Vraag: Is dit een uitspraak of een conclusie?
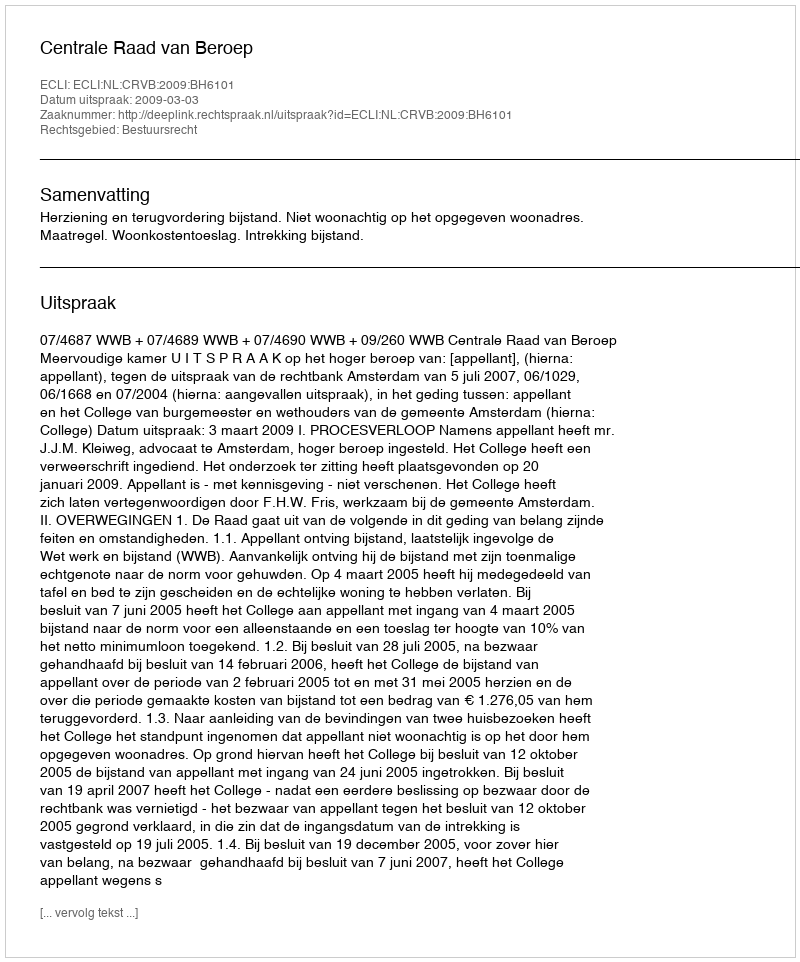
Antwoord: Uitspraak